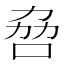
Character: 𫩻